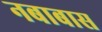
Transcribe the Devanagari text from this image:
नबाबास